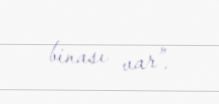
binası var”.